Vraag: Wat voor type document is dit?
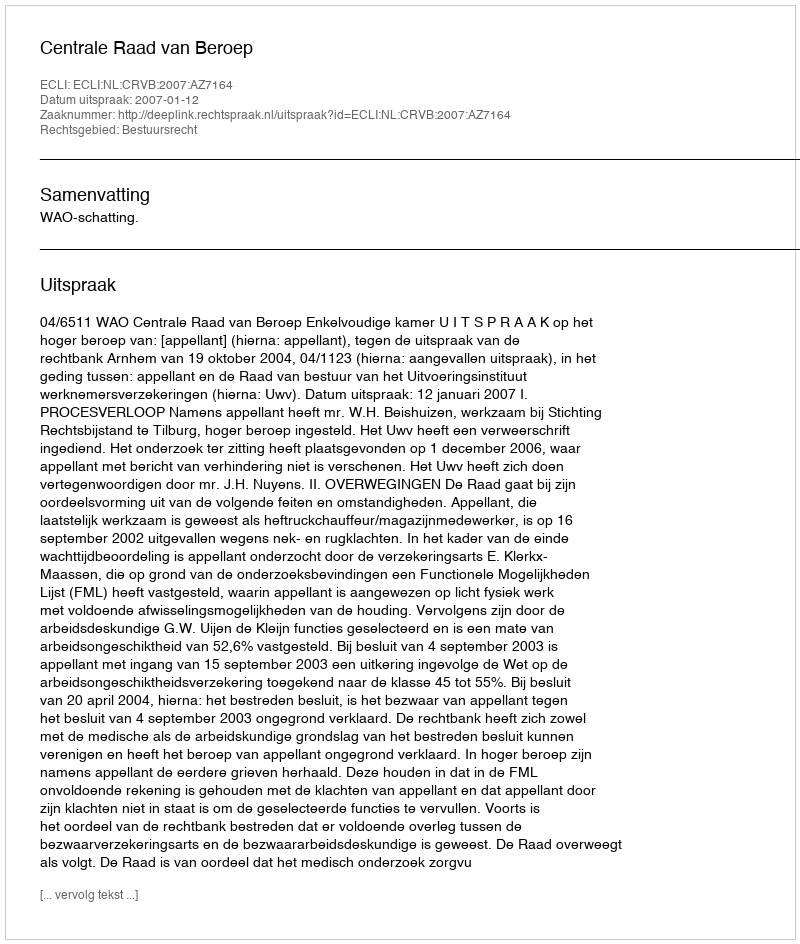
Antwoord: Uitspraak